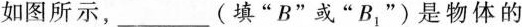
如图所示，___(填”B”或”B_{1}”)是物体的